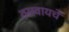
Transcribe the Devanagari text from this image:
ठसवायचे